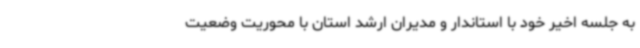
به جلسه اخیر خود با استاندار و مدیران ارشد استان با محوریت وضعیت